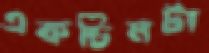
একচিমটা